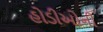
હોડીઓની